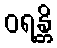
ဝရန္တိ